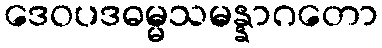
ဒေဝပဒဓမ္မသမန္နာဂတော